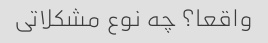
واقعا؟ چه نوع مشکلاتی